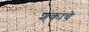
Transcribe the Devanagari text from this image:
श्ंकाचे